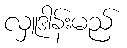
လှူဒါန်းမည်